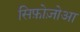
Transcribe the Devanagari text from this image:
सिफ़ोज़ोआ